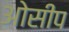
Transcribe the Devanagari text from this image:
ओसीप